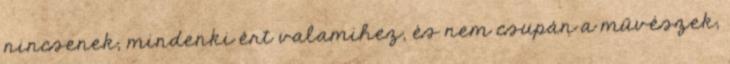
nincsenek, mindenki ért valamihez, és nem csupán a művészek,